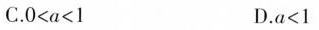
C. 0<a<1 D.a<1